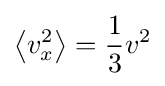
\left\langle v_{x}^{2}\right\rangle ={\frac {1}{3}}v^{2}